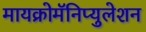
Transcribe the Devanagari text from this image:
मायक्रोमॅनिप्युलेशन